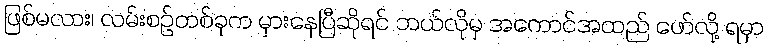
ဖြစ်မလား၊ လမ်းစဉ်တစ်ခုက မှားနေပြီဆိုရင် ဘယ်လိုမှ အကောင်အထည် ဖော်လို့ ရမှာ